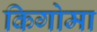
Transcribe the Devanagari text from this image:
किगोमा